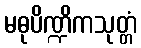
မဓုပိဏ္ဍိကသုတ္တံ